Vaccination in Bombay 1902-1912 - 1902-1912
Year: 1902
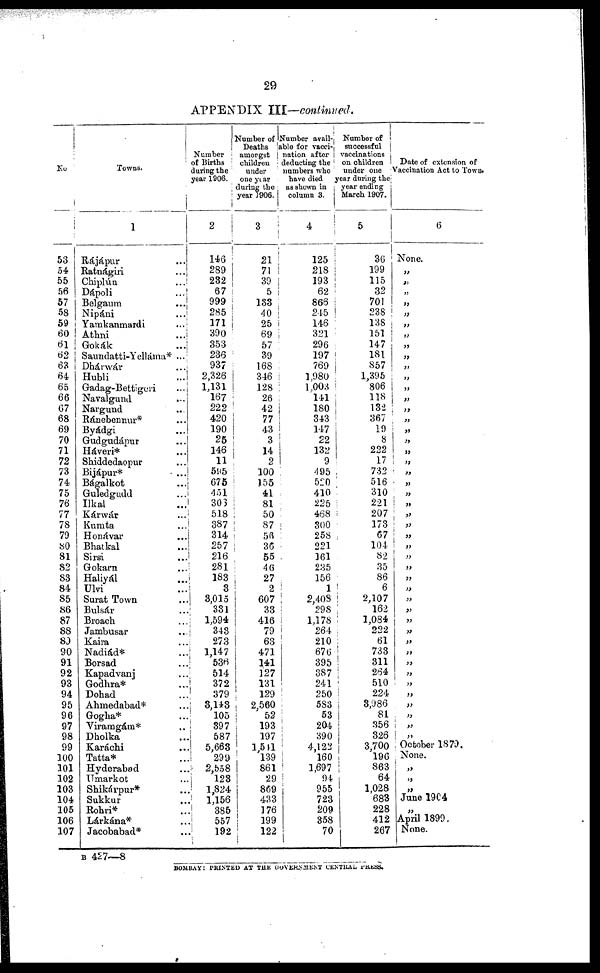
29
APPENDIX III—continued.
No.
53
54
55
56
57
58
59
60
61
62
63
64
65
66
67
68
69
70
71
72
73
74
75
76
77
78
79
80
81
82
83
84
85
86
87
88
89
90
91
92
93
94
95
96
97
98
99
100
101
102
103
104
105
106
107
Towns.
1
Rájápur ...
Ratnágiri ...
Chiplún ...
Dápoli ...
Belgaum ...
Nipáni ...
Yamkanmardi ...
Athni ...
Gokák ...
Saundatti-Yelláma* ...
Dhárwár ...
Hubli ...
Gadag-Bettigeri ...
Navalgund ...
Nargund ...
Ránebennur* ...
Byádgi ...
Gudgudápur ...
Háveri* ...
Shiddedaopur ...
Bijápur* ...
Bágalkot ...
Guledgudd ...
Itkal ...
Kárwár ...
Kumta ...
Honávar ...
Bhatkal ...
Sirsi ...
Gokarn ...
Haliyál ...
Ulvi ...
Surat Town ...
Bulsár ...
Broach ...
Jambusar ...
Kaira ...
Nadiád* ...
Borsad ...
Kapadvanj ...
Godhra* ...
Dohad ...
Ahmedabad* ...
Gogha* ...
Viramgám* ...
Dholka ...
Karáchi ...
Tatta* ...
Hyderabad ...
Umarkot ...
Shikárpur* ...
Sukkur ...
Rohri* ...
Lárkána* ...
Jacobabad* ...
Number
of Births
during the
year 1906.
2
146
289
282
67
999
285
171
390
353
236
937
2,326
1,131
167
222
420
190
25
146
11
595
675
451
303
518
387
314
257
216
281
183
3
3,015
331
1,594
343
273
1,147
536
514
372
379
3,143
105
397
587
5,663
299
2,558
123
1,824
1,156
385
557
192
Number of
Deaths
amongst
children
under
one year
during the
year 1906.
3
21
71
39
5
133
40
25
69
57
39
168
346
128
26
42
77
43
3
14
2
100
155
41
81
50
87
56
36
55
46
27
2
607
33
416
79
63
471
141
127
131
129
2,560
52
193
197
1,541
139
861
29
869
433
176
199
122
Number avail-.
able for vacci-
nation after
deducting the
numbers who
have died
as shown in
column 3.
4
125
218
193
62
866
245
146
321
296
197
769
1,980
1,003
141
180
343
147
22
132
9
495
520
410
225
468
300
258
221
161
235
156
1
2,408
298
1,178
264
210
676
395
387
241
250
583
53
204
390
4,122
160
1,697
94
955
723
209
358
70
Number of
successful
vaccinations
on children
under one
year during the
year ending
March 1907.
5
36
199
115
32
701
238
138
151
147
181
857
1,395
806
118
132
367
19
8
222
17
732
516
310
221
207
173
67
104
82
35
86
6
2,107
162
1,084
222
61
733
311
264
510
224
3,986
81
356
326
3,700
196
863
64
1,028
683
228
412
267
Date of extension of
Vaccination Act to Town.
6
None.
„
„
„
„
„
„
„
„
„
„
„
„
„
„
„
„
„
„
„
„
„
„
„
„
„
„
„
„
„
„
„
„
„
„
„
„
„
„
„
„
„
„
„
„
„
October 1879.
None.
„
„
„
June 1904
„
April 1899.
None.
B 427—8
BOMBAY: PRINTED AT THE GOVERNMENT
CENTRAL PRESS.